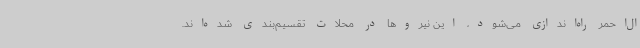
ال‌احمر راه‌اندازی می‌شود، این نیروها در محلات تقسیم‌بندی شده‌اند.